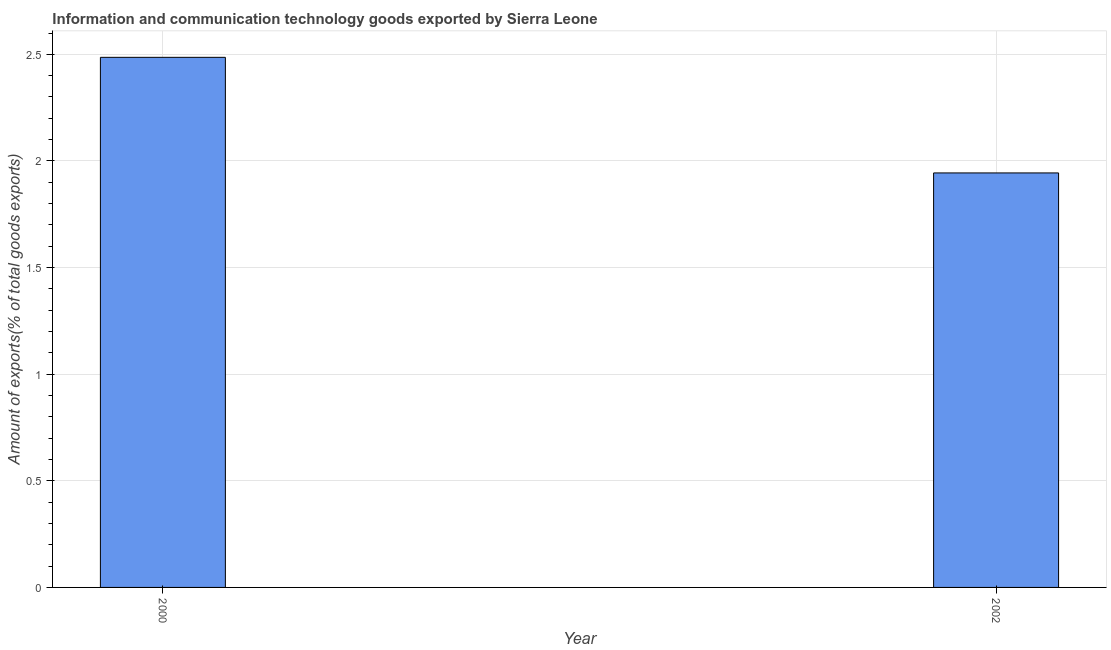
| Year | ICT goods exports |
 | --- | --- |
 | 2000 | 2.49 |
 | 2002 | 1.94 |